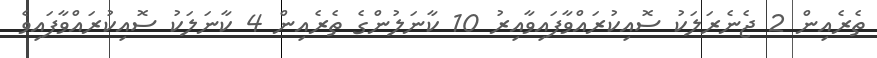
ތެރެއިން 2 ޖެނެރަލަކު ސޮއިކުރައްވާފައިވާއިރު 10 ކާނަލުންގެ ތެރެއިން 4 ކާނަލަކު ސޮއިކުރައްވާފައިވެ